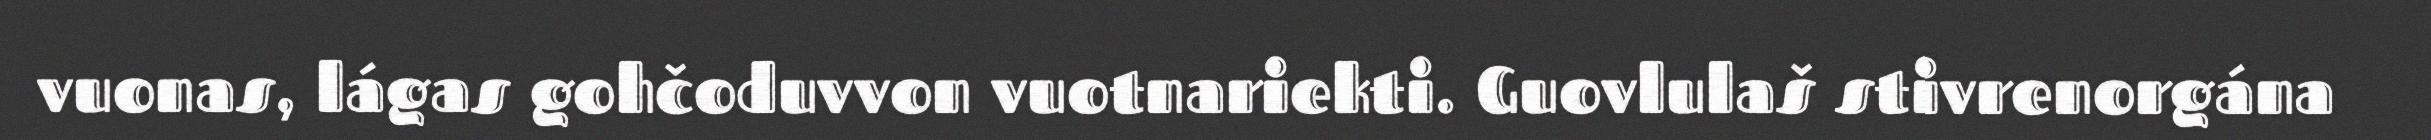
vuonas, lágas gohčoduvvon vuotnariekti. Guovlulaš stivrenorgána